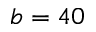
b = 4 0